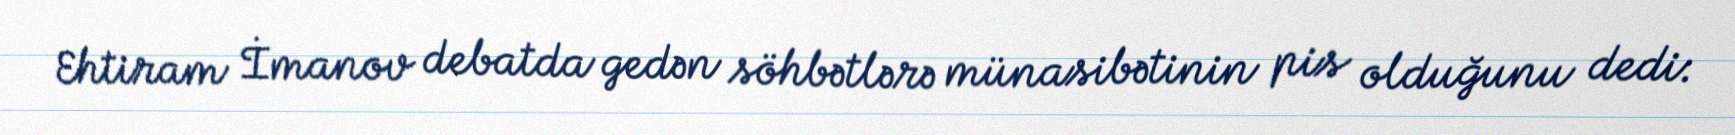
Ehtiram İmanov debatda gedən söhbətlərə münasibətinin pis olduğunu dedi: